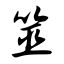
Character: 筮